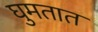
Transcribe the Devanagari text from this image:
घुमतात